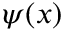
\psi ( x )